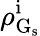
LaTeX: \rho_{\mathrm{G}_{\mathrm{s}}}^{\mathrm{i}}